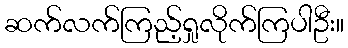
ဆက်လက်ကြည့်ရှုလိုက်ကြပါဦး။